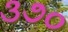
૩૭૦